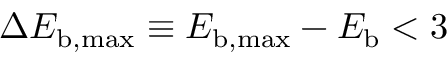
\Delta E _ { \mathrm { b , m a x } } \equiv E _ { \mathrm { b , m a x } } - E _ { \mathrm { b } } < 3